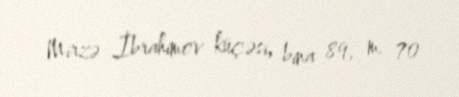
Mirzə İbrahimov küçəsi, bina 89, m. 70